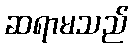
ဆရာမသည်